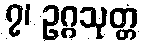
၇၊ ဥဂ္ဂသုတ္တ